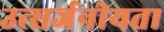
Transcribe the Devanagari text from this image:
उत्सर्जनीयता